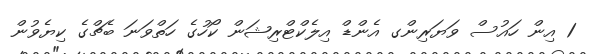
1 އިން ހައުސް ވަޔަރިންގ އެންޑް އިލެކްޓްރިޝަން ކޯހުގެ ހަތްވަނަ ބެޗްގެ ކިޔެވުން